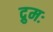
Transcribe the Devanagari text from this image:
द्रुमः